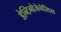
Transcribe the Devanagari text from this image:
डेन्टिनोजेनेसिस